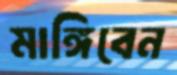
মাঙ্গিবেন